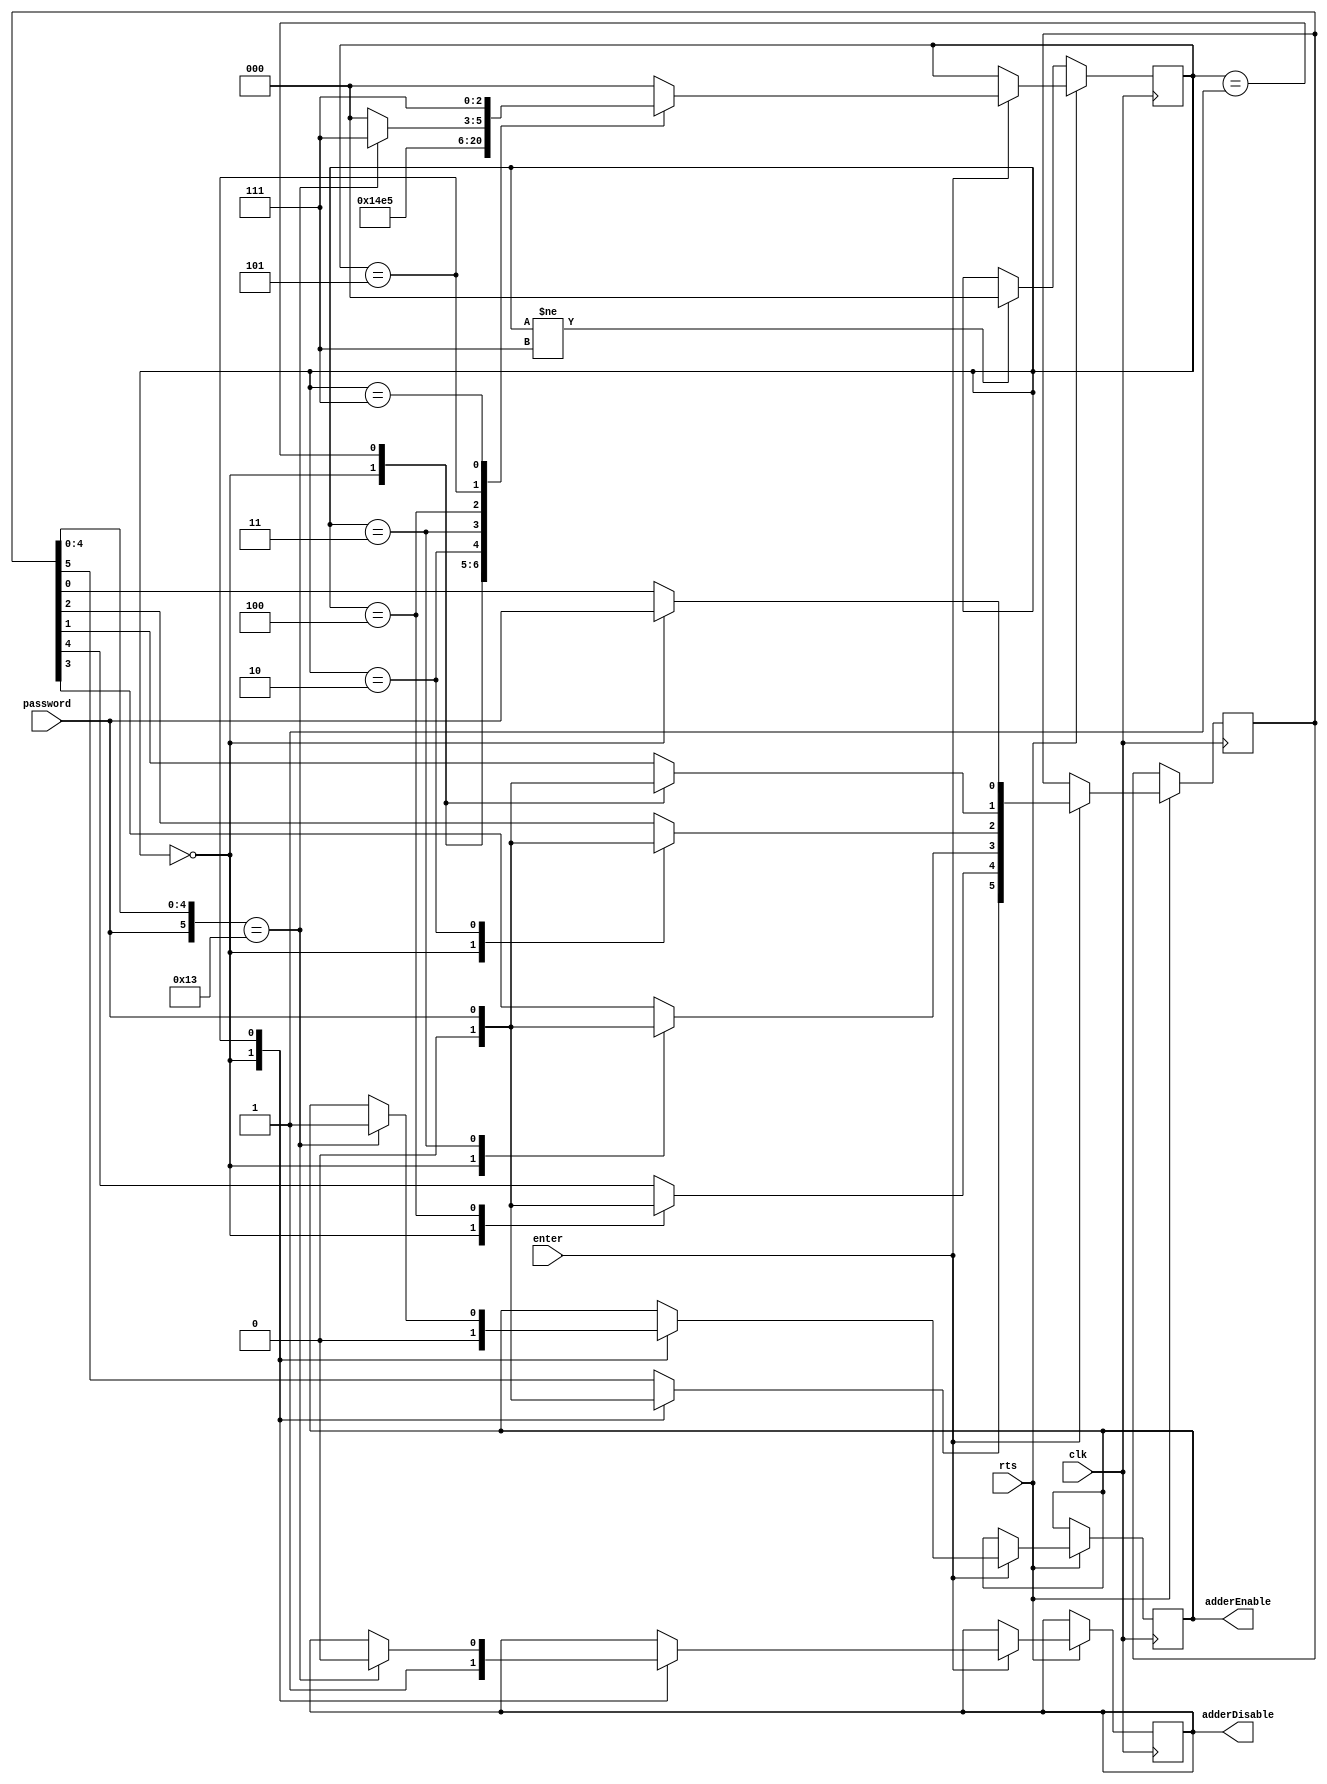
//ECE5440
//Alamin Ahmed 5293
//Lab 2 Number Matching Game with enter/rts and password protection
//Password Check Module

module Authentication(clk,rts,password,enter,adderEnable,adderDisable);
	parameter high 			= 1'b1,
		  low  			= 1'b0,
       		  HardCodePassword 	= 6'b010011,
		  zeros 		= 6'b000000;

	parameter st1 	= 3'b000,
		  st2 	= 3'b001,
		  st3 	= 3'b010,
		  st4 	= 3'b011,
		  st5 	= 3'b100,
		  st6 	= 3'b101,
		  
		  stEnd = 3'b111;	

	input clk, rts, password, enter;
	output reg adderEnable = low, adderDisable = high;
	reg[5:0] TempPassword = zeros;
	reg[2:0] state = st1;

	always@(negedge clk) begin
		if(rts == low) begin
			if(state != stEnd) begin 
				state = st1; 
			end
			else ;
		end
		else if(enter == high) begin
			case(state)
				st1: begin 
					TempPassword = zeros; 
					adderEnable = low; 
					adderDisable = high;
					TempPassword[0] = password; state = st2; 
				end
				st2: begin TempPassword[1] = password; state = st3; end
				st3: begin TempPassword[2] = password; state = st4; end
				st4: begin TempPassword[3] = password; state = st5; end
				st5: begin TempPassword[4] = password; state = st6; end
				st6: begin 
					TempPassword[5] = password; 
	 
					if(TempPassword == HardCodePassword) begin 
						adderEnable = high; 
						adderDisable = low;
						state = stEnd;
					end
					else begin state = st1; end
				end			
				stEnd: begin state = stEnd; end
				default: begin 
					state = st1; 
				end
			endcase
		end
		else ;
	end
endmodule